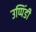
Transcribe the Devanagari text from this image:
उप्पिंडी